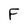
Character: F